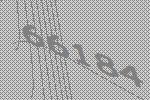
66184